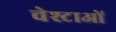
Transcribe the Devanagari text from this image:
चेश्टाओं